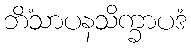
ဘိံသာပနသိက္ခာပဒံ